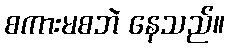
စကားမစဘဲ နေသည်။